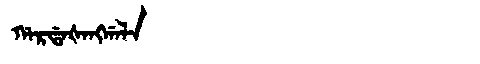
Manchu: ᡤᠠᡵᡩᠠᡧᠠᠩᡤᠠᠯᠠ
Romanization: GARDAŠANGGALA